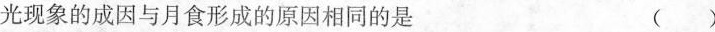
光现象的成因与月食形成的原因相同的是 ( )